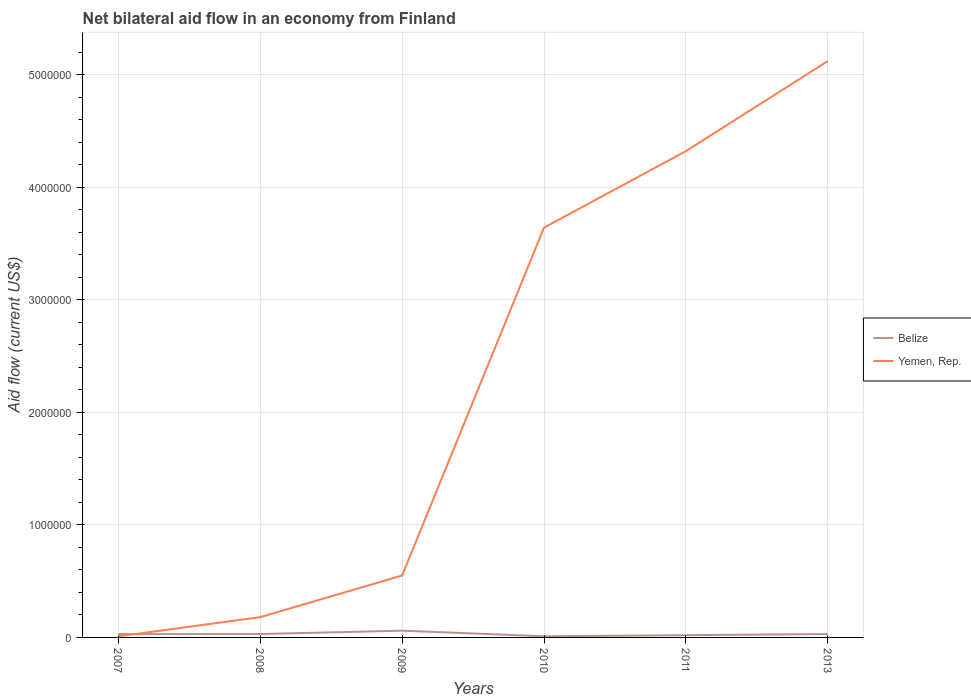
| Years | Belize | Yemen, Rep. |
 | --- | --- | --- |
 | 2007 | 3e+04 | 1e+04 |
 | 2008 | 3e+04 | 1.8e+05 |
 | 2009 | 6e+04 | 5.5e+05 |
 | 2010 | 1e+04 | 3.64e+06 |
 | 2011 | 2e+04 | 4.32e+06 |
 | 2013 | 3e+04 | 5.12e+06 |